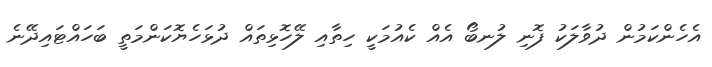
އެހެންކަމުން ދުވާލަކު ފޮނި ލުނބޯ އެއް ކެއުމަކީ ހިތާއި ލޭހޮޅިތައް ދުޅަހެޔޮކަންމަތީ ބަހައްޓައިދޭނެ